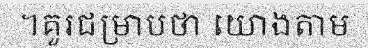
។គួរជម្រាបថា យោងតាម